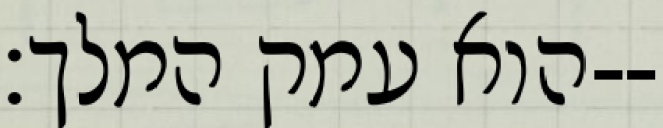
הוא עמק המלך׃--